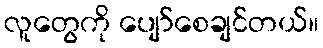
လူတွေကို ပျော်စေချင်တယ်။